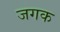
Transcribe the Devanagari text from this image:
जगक